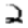
Digit: 2